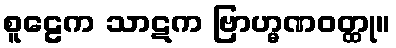
စူဠေက သာဋက ဗြာဟ္မဏဝတ္ထု။